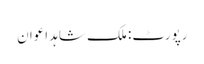
رپورٹ: ملک شاہد اعوان